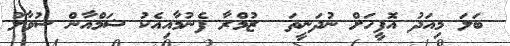
ބަލަ މިއަދު އޮފީހަށް ނުދަނީތަ  ޒުމްރާ ފެނުމާއިއެކު ޝަމްއާން ސުވާލު